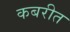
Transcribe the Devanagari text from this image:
कबरीत